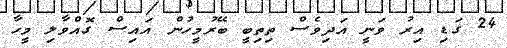
24 ގަޑި އިރު ވަނީ އަދިވެސް ތިތިބީ ބޭރުމީހުން އައިސް ގޮއްވާލި މީހާ